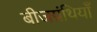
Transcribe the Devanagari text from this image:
बीजग्रंथियाँ